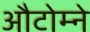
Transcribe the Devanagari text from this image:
औटोम्ने